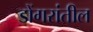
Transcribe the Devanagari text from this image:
डोंगरांतील